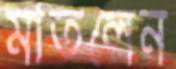
মাতলেন